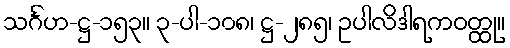
သင်္ဂဟ-ဋ္ဌ-၁၅၃။ ၃-ပါ-၁၀၈၊ ဋ္ဌ-၂၈၅၊ ဥပါလိဒါရကဝတ္ထု။